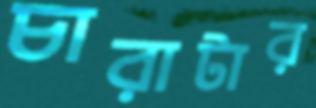
চারাটার